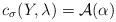
LaTeX: \begin{align*}c_{\sigma}(Y,\lambda)=\mathcal{A}(\alpha)\end{align*}